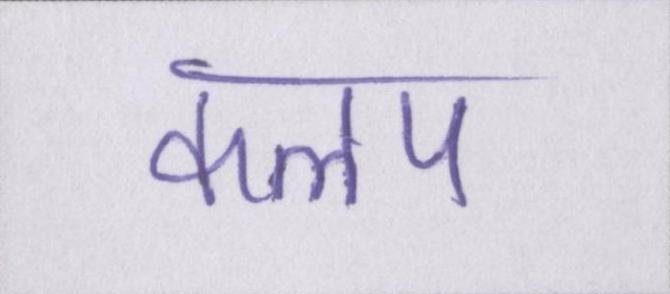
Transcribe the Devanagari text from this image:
कलप